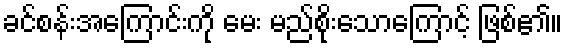
ခင်စန်းအကြောင်းကို မေး မည်စိုးသောကြောင့် ဖြစ်၏။